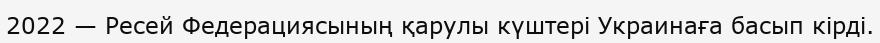
2022 — Ресей Федерациясының қарулы күштері Украинаға басып кірді.